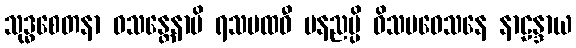
သုဒ္ဓစေတနာ ဝသန္တေနာပိ ရသပထဝီ ပနညမ္ပိ ဝိသပဝေသနေ နာဠန္ဒာယ